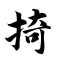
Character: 掎